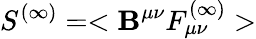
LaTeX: S^{(\infty)}=<\mathbf{B}^{\mu\nu}F_{\mu\nu}^{(\infty)}>